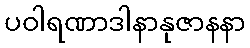
ပဝါရဏာဒါနာနုဇာနနာ